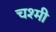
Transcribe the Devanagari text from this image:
चश्मी